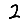
Digit: 2